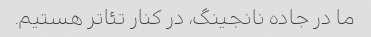
ما در جاده نانجینگ، در کنار تئاتر هستیم.